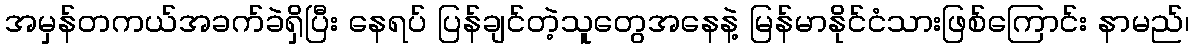
အမှန်တကယ်အခက်ခဲရှိပြီး နေရပ် ပြန်ချင်တဲ့သူတွေအနေနဲ့ မြန်မာနိုင်ငံသားဖြစ်ကြောင်း နာမည်၊